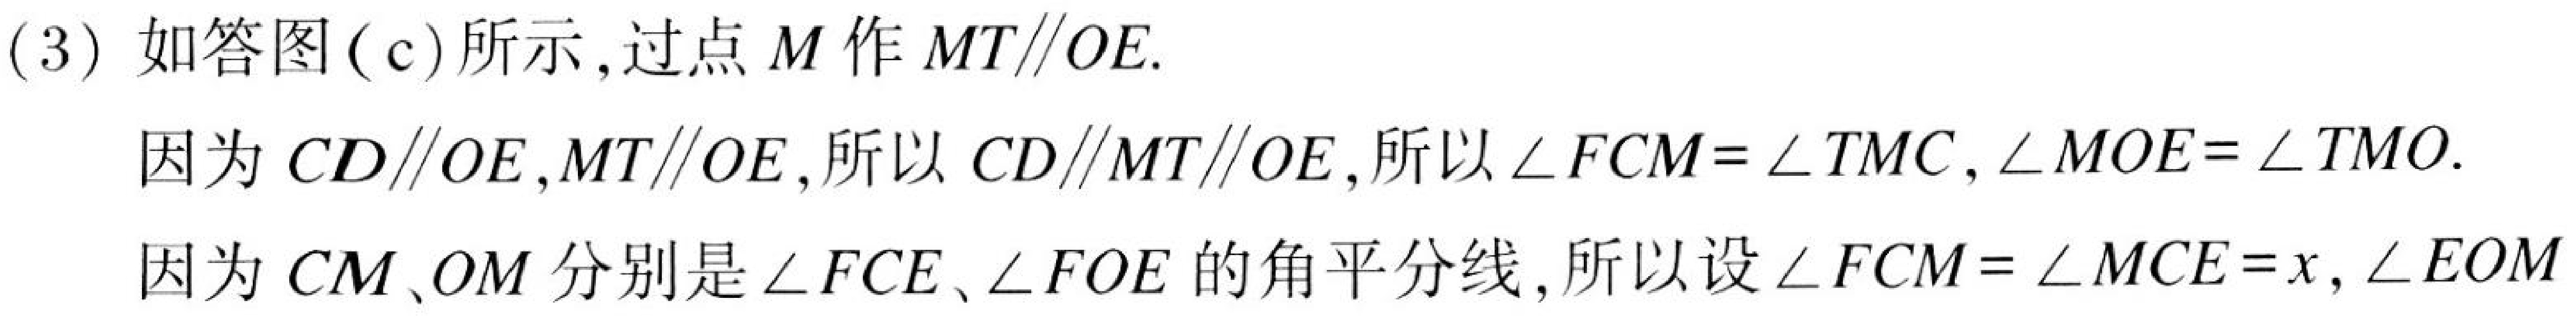
(3) 如答图(c)所示，过点\(M\)作\(MT\parallel OE\).
因为\(CD\parallel OE\)，\(MT\parallel OE\)，所以\(CD\parallel MT\parallel OE\)，所以\(\angle FCM=\angle TMC\)，\(\angle MOE=\angle TMO\).
因为\(CM\)、\(OM\)分别是\(\angle FCE\)、\(\angle FOE\)的角平分线，所以设\(\angle FCM=\angle MCE = x\)，\(\angle EOM\)